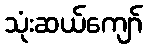
သုံးဆယ်ကျော်